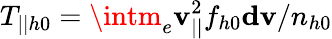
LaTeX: T_{||h0}=\intm_{e}\mathbf{v}_{||}^{2}f_{h0}\mathbf{{d\mathbf{v}}}/n_{h0}